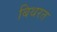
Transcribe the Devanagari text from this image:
बिथरत